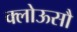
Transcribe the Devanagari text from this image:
क्लोऊसौ